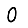
Digit: 0